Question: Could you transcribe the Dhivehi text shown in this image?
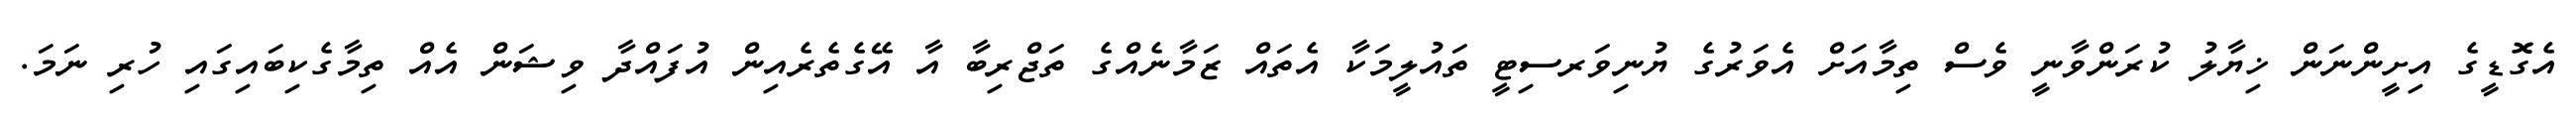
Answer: އެގޮޑީގެ އިށީންނަން ޚިޔާލު ކުރަންވާނީ ވެސް ތިމާއަށް އެވަރުގެ ޔުނިވަރސިޓީ ތައުލީމަކާ އެތައް ޒަމާނެއްގެ ތަޖްރިބާ އާ އޭގެތެރެއިން އުފައްދާ ވިޝަން އެއް ތިމާގެކިބައިގައި ހުރި ނަމަ.